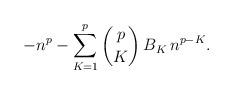
LaTeX: \begin{align*}-n^p - \sum_{K=1}^{p} \binom{p}{K} \, B_K \, n^{p-K}.\end{align*}